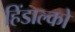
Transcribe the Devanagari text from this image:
हिंडाल्‍को